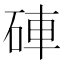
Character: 硨